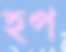
হপ